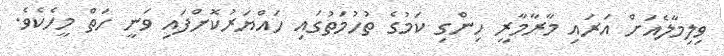
ވިލިމާލެއަށް އަރައި މާރާމާރީ ހިންގި ކަމުގެ ތުހުމަތުގައި ހައްޔަރުކޮށްފައި ވަނީ ހަތް މީހެކެވެ.